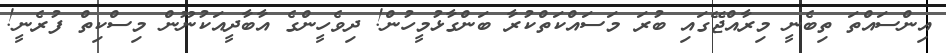
އިންސައްތަ ތިބެނީ މިރާއްޖޭގައި ބުރަ މަސައްކަތްކުރާ ބަންގާޅުމީހުން! ދިވެހީންގެ އާބާދީއަކުނޫން މިސްކިތް ފުރެނީ!